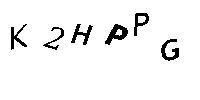
K2HPPG